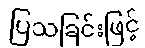
ပြသခြင်းဖြင့်